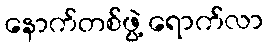
နောက်တစ်ဖွဲ့ ရောက်လာ